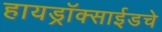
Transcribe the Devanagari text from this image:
हायड्राॅक्साईडचे